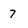
Character: 7